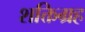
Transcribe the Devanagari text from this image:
शक्तिग्रह